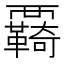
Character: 覉